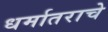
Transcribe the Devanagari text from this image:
धर्मातराचे